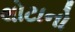
લોટાનો